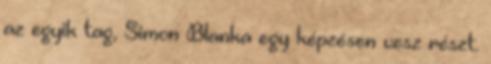
az egyik tag, Simon Blanka egy képzésen vesz részt.